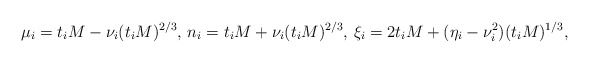
\begin{align*}\mu_i=t_iM-\nu_i(t_iM)^{2/3},\,n_i=t_iM+\nu_i(t_iM)^{2/3},\,\xi_i=2t_iM+(\eta_i-\nu_i^2)(t_iM)^{1/3},\end{align*}